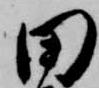
田